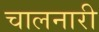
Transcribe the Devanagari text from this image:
चालनारी